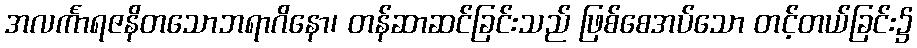
အလင်္ကာရဇနိတသောဘရာဂိနော၊ တန်ဆာဆင်ခြင်းသည် ဖြစ်စေအပ်သော တင့်တယ်ခြင်း၌